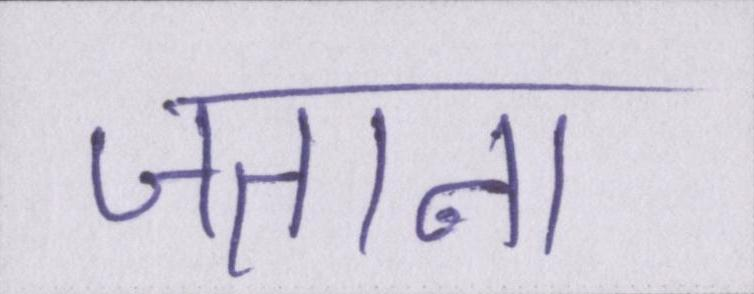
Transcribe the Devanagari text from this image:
जताना